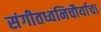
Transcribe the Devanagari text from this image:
संगीतध्वनिचौर्याचा